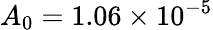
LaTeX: A_{0}=1.06\times 10^{-5}